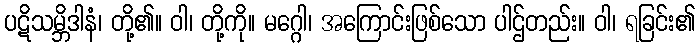
ပဋိသမ္ဘိဒါနံ၊ တို့၏။ ဝါ၊ တို့ကို။ မဂ္ဂေါ၊ အကြောင်းဖြစ်သော ပါဌ်တည်း။ ဝါ၊ ရခြင်း၏